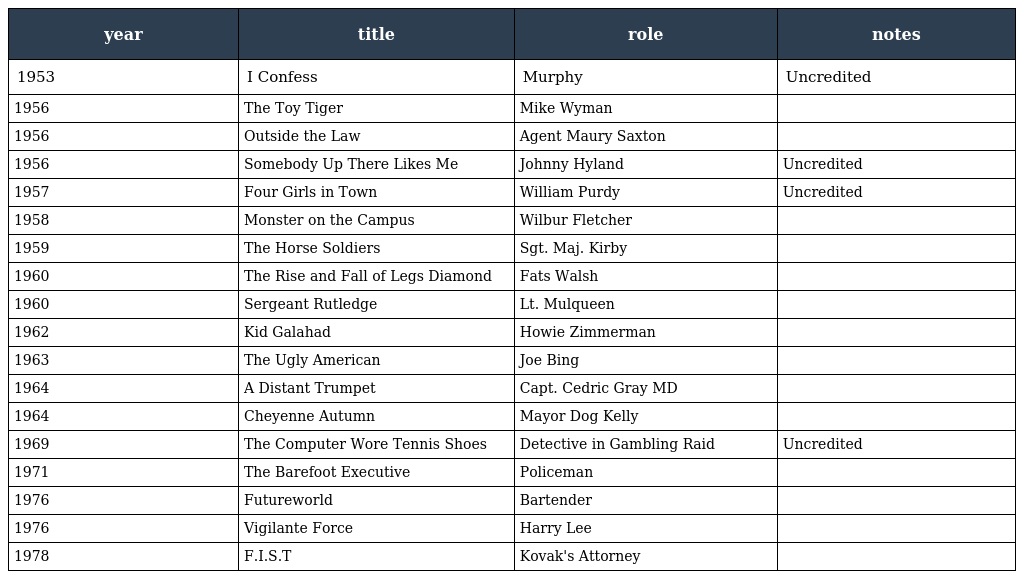
| year | title | role | notes |
 | --- | --- | --- | --- |
 | 1953 | I Confess | Murphy | Uncredited |
 | 1956 | The Toy Tiger | Mike Wyman |  |
 | 1956 | Outside the Law | Agent Maury Saxton |  |
 | 1956 | Somebody Up There Likes Me | Johnny Hyland | Uncredited |
 | 1957 | Four Girls in Town | William Purdy | Uncredited |
 | 1958 | Monster on the Campus | Wilbur Fletcher |  |
 | 1959 | The Horse Soldiers | Sgt. Maj. Kirby |  |
 | 1960 | The Rise and Fall of Legs Diamond | Fats Walsh |  |
 | 1960 | Sergeant Rutledge | Lt. Mulqueen |  |
 | 1962 | Kid Galahad | Howie Zimmerman |  |
 | 1963 | The Ugly American | Joe Bing |  |
 | 1964 | A Distant Trumpet | Capt. Cedric Gray MD |  |
 | 1964 | Cheyenne Autumn | Mayor Dog Kelly |  |
 | 1969 | The Computer Wore Tennis Shoes | Detective in Gambling Raid | Uncredited |
 | 1971 | The Barefoot Executive | Policeman |  |
 | 1976 | Futureworld | Bartender |  |
 | 1976 | Vigilante Force | Harry Lee |  |
 | 1978 | F.I.S.T | Kovak's Attorney |  |